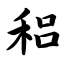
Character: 稆